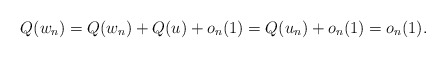
\begin{align*} Q(w_n)=Q(w_n)+Q(u)+o_n(1)=Q(u_n)+o_n(1)=o_n(1).\end{align*}